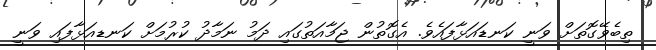
ތިބެވޭގޮތަށް ވަނީ ކަނޑައަޅާފައެވެ. އެގޮތުން ޖަމާއަތުގައި ދަމު ނަމާދު ކުރުމަށް ކަނޑއަޅާފައި ވަނީ